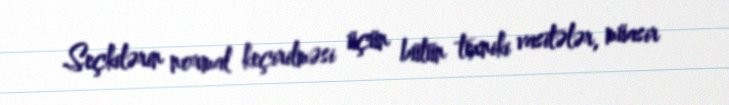
Seçkilərin normal keçirilməsi üçün bütün texniki vasitələr, müasir